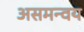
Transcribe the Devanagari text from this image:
असमन्वय